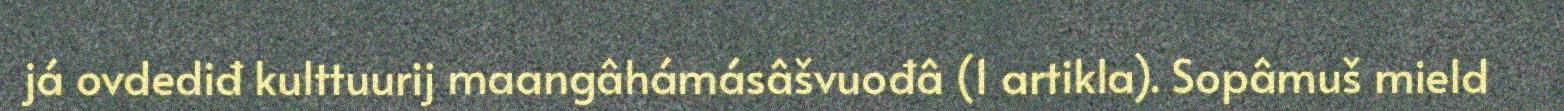
já ovdediđ kulttuurij maangâhámásâšvuođâ (1 artikla). Sopâmuš mield